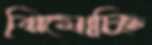
ঝিমোচ্ছি